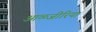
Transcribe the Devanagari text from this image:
आळ्जीरिया